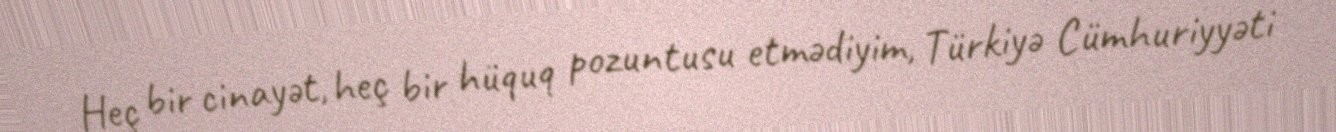
Heç bir cinayət, heç bir hüquq pozuntusu etmədiyim, Türkiyə Cümhuriyyəti